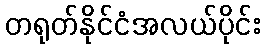
တရုတ်နိုင်ငံအလယ်ပိုင်း